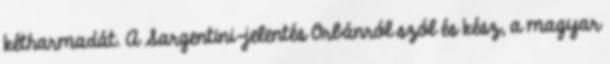
kétharmadát. A Sargentini-jelentés Orbánról szól és kész, a magyar